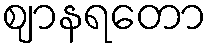
ဈာနရတော